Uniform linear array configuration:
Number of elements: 32
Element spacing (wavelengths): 0.25
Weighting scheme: blackman
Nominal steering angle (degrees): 60
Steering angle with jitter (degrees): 58.984
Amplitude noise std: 0.05
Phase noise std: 0.05

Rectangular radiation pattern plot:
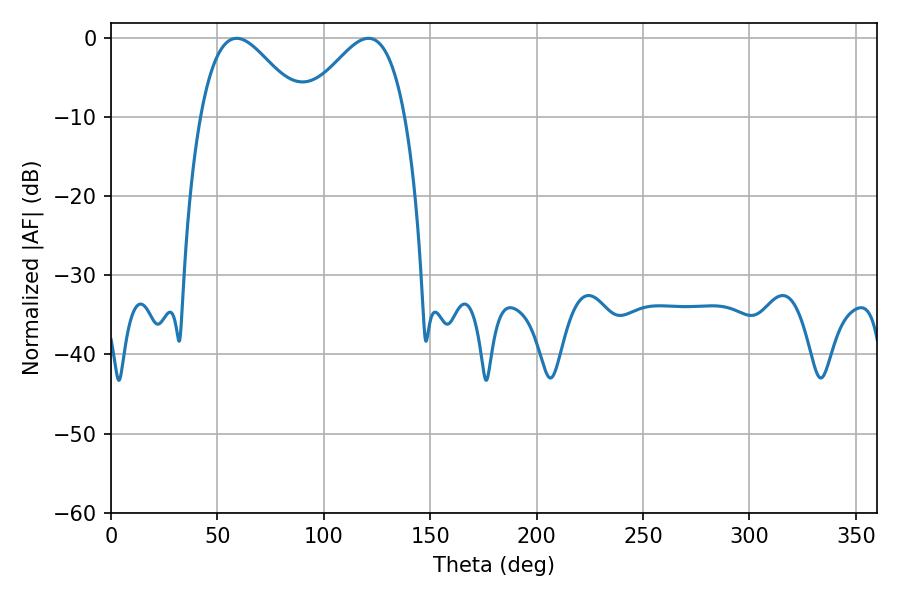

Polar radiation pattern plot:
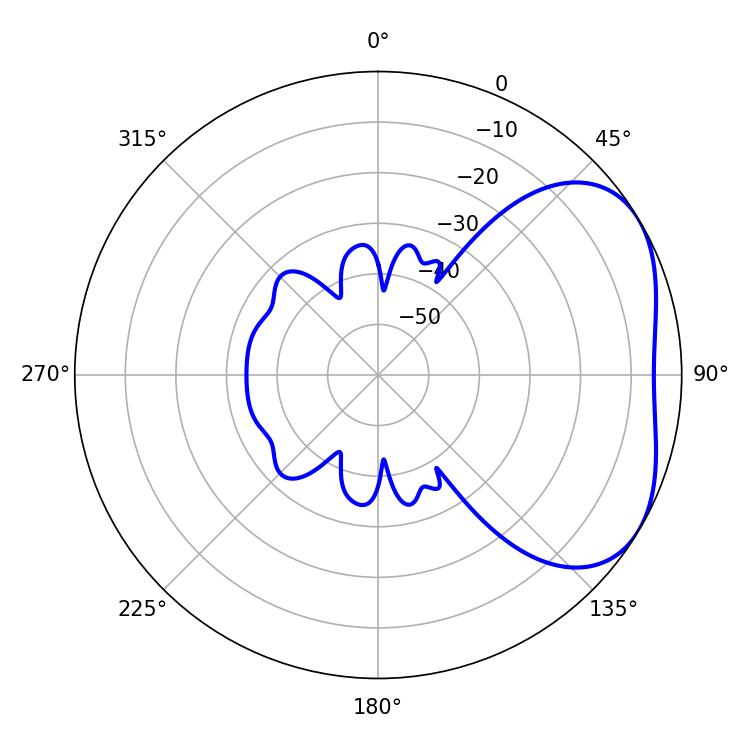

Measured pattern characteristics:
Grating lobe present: FALSE
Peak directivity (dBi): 3.653
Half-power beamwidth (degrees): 25.56
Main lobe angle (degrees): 59.04